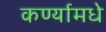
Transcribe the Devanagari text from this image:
कर्ण्यामधे